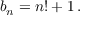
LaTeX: b _ { n } = n ! + 1 \, .